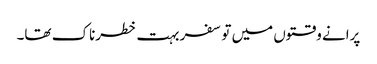
پرانے وقتوں میں تو سفر بہت خطرناک تھا۔